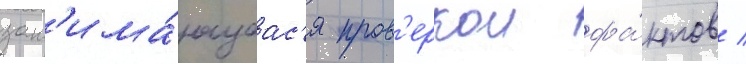
зан'има́ющаас'я пров'еркои фа́ктов /